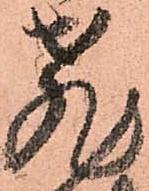
飛